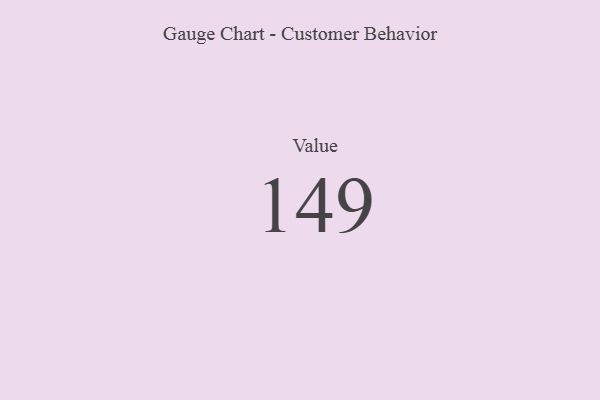
{"axis": {"x": "Metric", "y": "Value"}, "legend": [""], "data": [{"x": "Value", "y": 149, "type": ""}]}